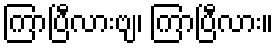
ကြာပြီလားဗျ၊ ကြာပြီလား။